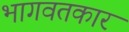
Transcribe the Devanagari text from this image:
भागवतकार